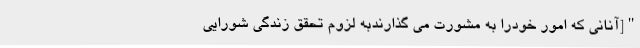
"[آنانی که امور خودرا به مشورت می گذارندبه لزوم تحقق زندگی شورایی